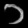
Digit: ၁